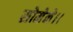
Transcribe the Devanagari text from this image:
सोमेने।।